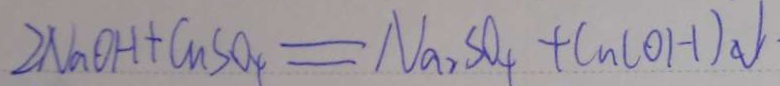
2 N a O H + C u S O _ { 4 } = N a _ { 2 } S O _ { 4 } + C u ( O H ) \downarrow